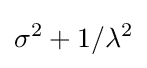
\sigma ^{2}+1/\lambda ^{2}